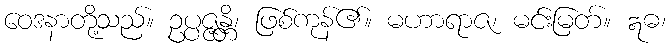
ဝေဒနာတို့သည်။ ဥပ္ပဇ္ဇန္တိ၊ ဖြစ်ကုန်၏။ မဟာရာဇ၊ မင်းမြတ်။ ဣဓ၊